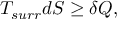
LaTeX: T _ { s u r r } d S \geq \delta Q ,